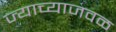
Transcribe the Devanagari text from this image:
ज्याच्याजवळ